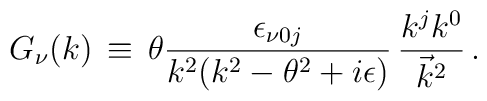
G_{\nu}(k)\,\equiv \, \theta \frac{\epsilon_{\nu 0 j}}{k^{2} (k^{2} - \theta^{2} + i\epsilon)}\, \frac{k^{j} k^{0}}{{\vec{k}}^{2}}\,.